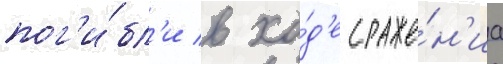
пог'и́бл'и в хо́д'е сраже́н'иа